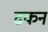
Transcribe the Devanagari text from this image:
ढकन